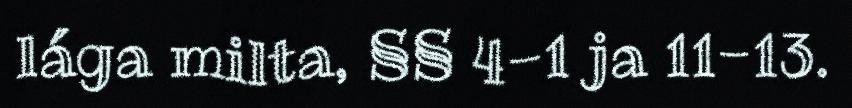
lága milta, §§ 4-1 ja 11-13.